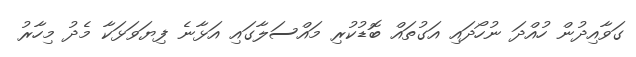
ގަވާއިދުން ހުއްދަ ނުހޯދައި އަގުތައް ބޮޑުކުރި މައްސަލާގައި އަޅާނެ ފިޔަވަޅަކާ މެދު މިހާރު